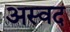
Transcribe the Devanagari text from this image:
अस्वद